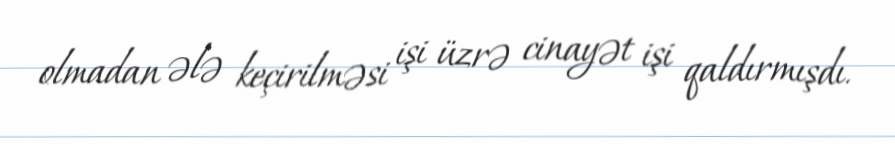
olmadan ələ keçirilməsi işi üzrə cinayət işi qaldırmışdı.